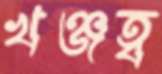
খঞ্জত্ব